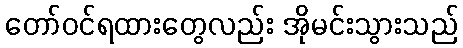
တော်ဝင်ရထားတွေလည်း အိုမင်းသွားသည်